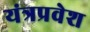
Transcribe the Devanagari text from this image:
यंत्रप्रवेश